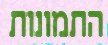
התמונות